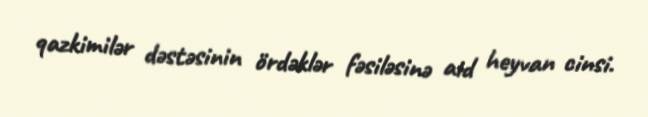
qazkimilər dəstəsinin ördəklər fəsiləsinə aid heyvan cinsi.